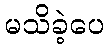
မသိခဲ့ပေ